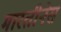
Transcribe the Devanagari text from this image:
मारतीनेस